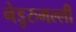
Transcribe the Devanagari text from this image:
नेडुरुमल्ली